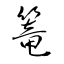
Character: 篭